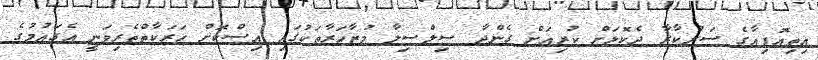
އިތިއޮޕިއާގެ ސަރުކާރާ ދެކޮޅަށް ކުރިއަށް ގެންދާ ސިލްސިލާ މުޒާހަރާތަކުގައި އިސްކޮށް ހަރަކާތްތެރިވަނީ އެގައުމުގެ